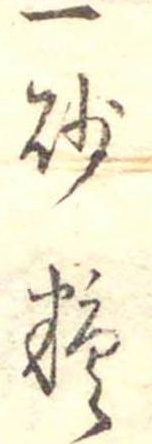
一砂糖